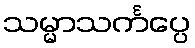
သမ္မာသင်္ကပ္ပေ